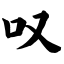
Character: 叹